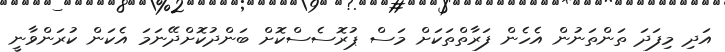
އަދި މިފަދަ ތަންތަނުން އެހެން ފަރާތްތަކަށް މަސް ޕުރޮސެސްކޮށް ބަންދުކޮށްދޭނަމަ އެކަން ކުރަންވާނީ